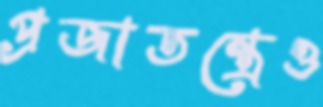
প্রজাতন্ত্রেও